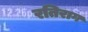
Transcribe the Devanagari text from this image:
रतिराग